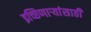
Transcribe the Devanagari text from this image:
इच्छिणाऱ्यांसाठी